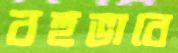
বহুভাবে